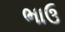
ભાઉ